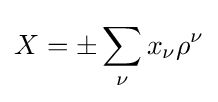
X=\pm \sum _{\nu }^{}x_{\nu }\rho ^{\nu }